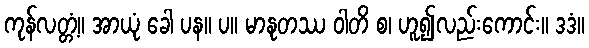
ကုန်လတ္တံ့။ အာယုံ ခေါ ပန။ ပ။ မာနုတဿ ဝါတိ စ၊ ဟူ၍လည်းကောင်း။ ဒဒံ။